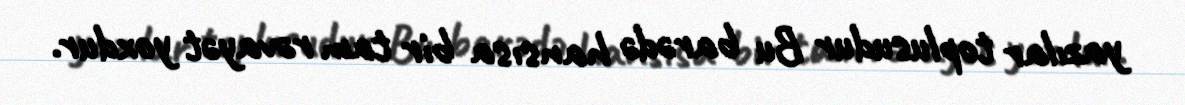
yazılar toplusudur Bu barədə hansısa bir tam rəvayət yoxdur.